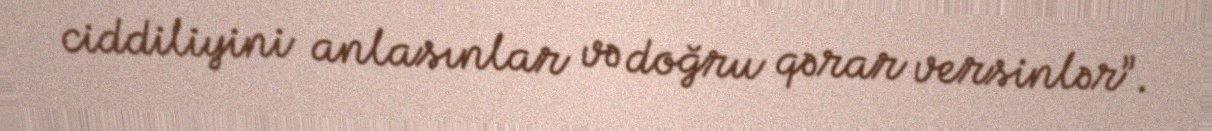
ciddiliyini anlasınlar və doğru qərar versinlər”.